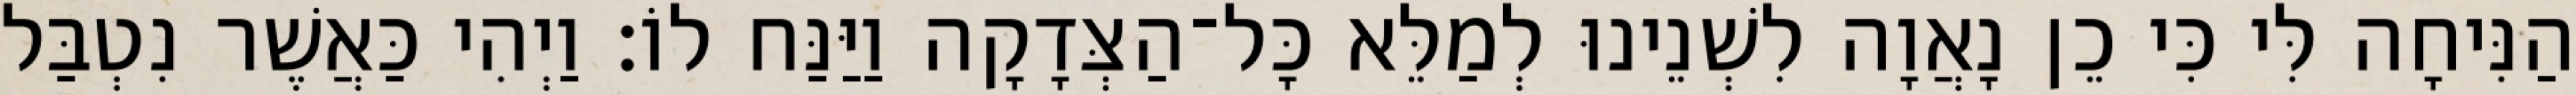
הַנִּיחָה לִּי כִּי כֵן נָאֲוָה לִשְׁנֵינוּ לְמַלֵּא כָּל־הַצְּדָקָה וַיַּנַּח לוֹ׃ וַיְהִי כַּאֲשֶׁר נִטְבַּל